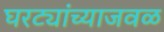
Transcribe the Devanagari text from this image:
घरट्यांच्याजवळ